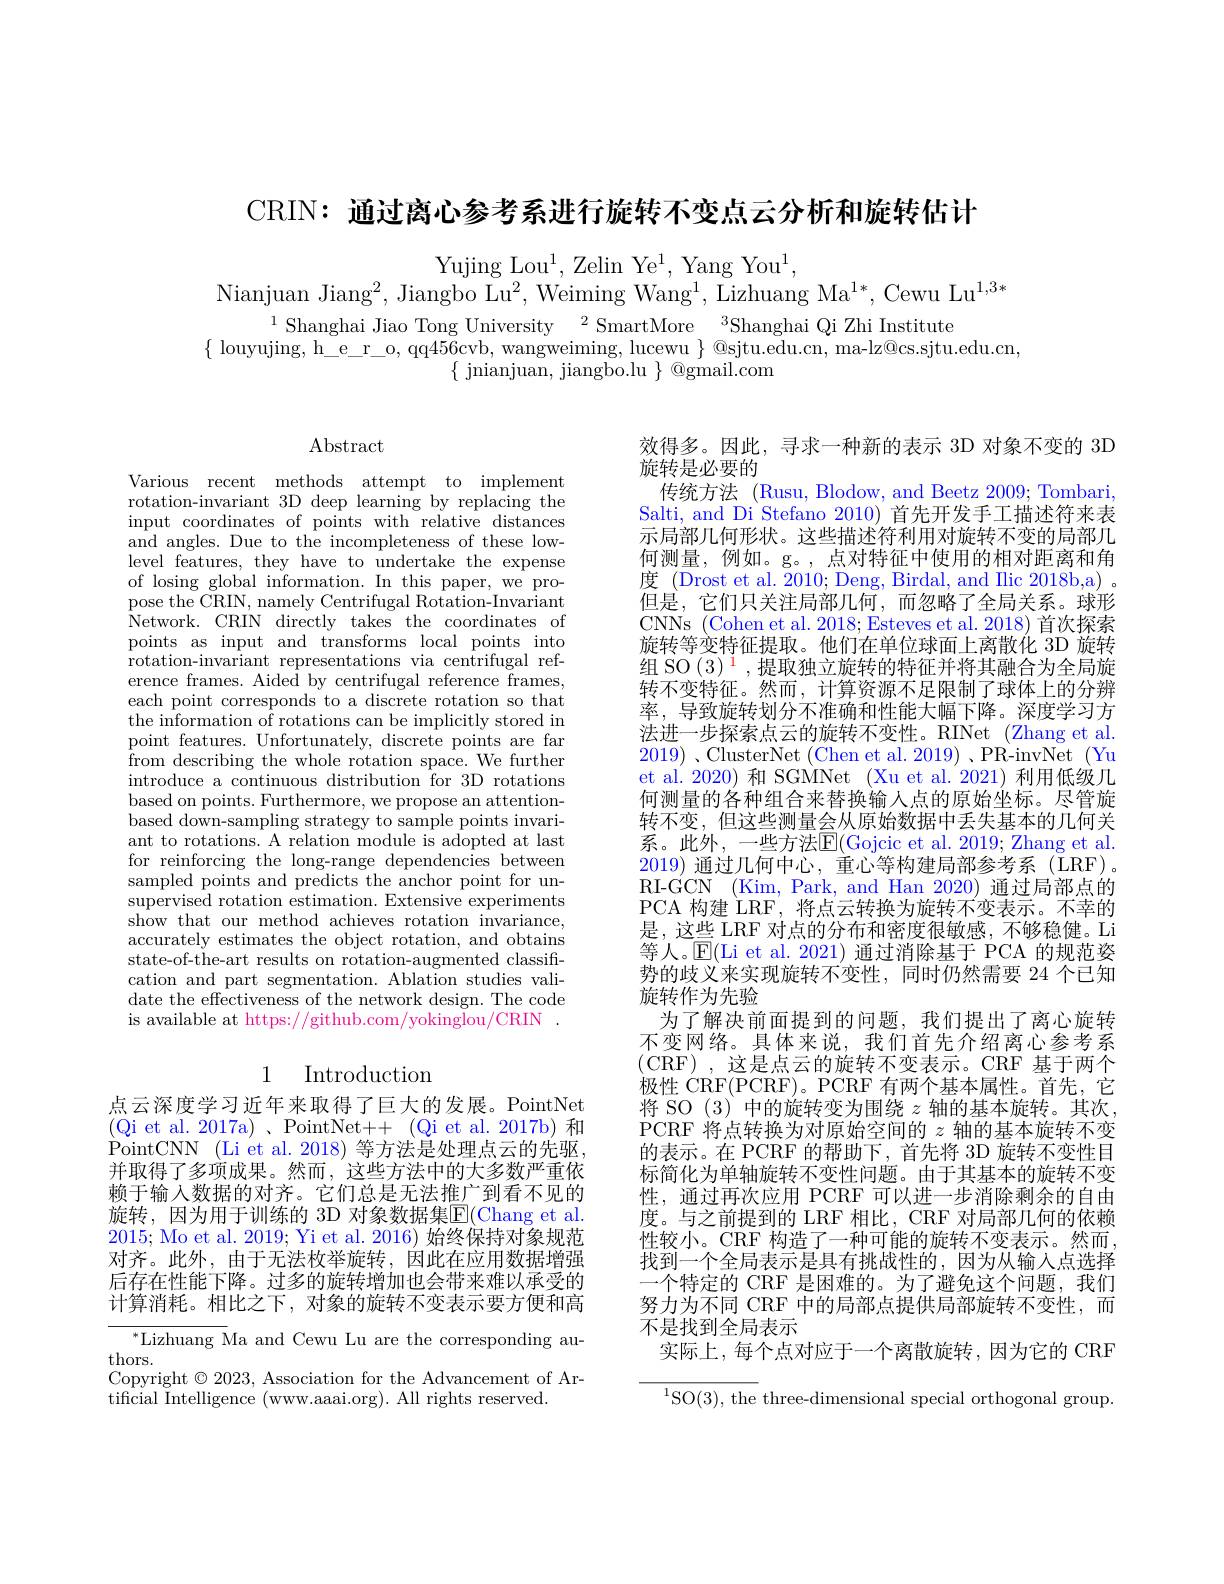
CRIN: 通过离心参考系进行旋转不变点云分析和旋转估计

Yujing Lou$^1$,Zelin Ye$^1$, Yang You$^1$,
Nianjuan Jiang$^2$, Jiangbo Lu$^2$, Weiming Wang$^1$, Lizhuang Ma$^{1*}$, Cewu Lu$^{1,3*}$
$^{1}$Shanghai Jiao Tong University$^2$SmartMore$^3$Shanghai Qi Zhi Institute
$\{$ louyujing, h\_e\_r\_o, qq456cvb, wangweiming, lucewu $\}$ @sjtu.edu.cn, ma-lz@cs.sjtu.edu.cn,
$\{$ jnianjuan, jiangbo.lu $\}$ @gmail.com

$\operatorname{Abstract}$

Various recent methods attempt to implement rotation-invariant 3D deep learning by replacing the input coordinates of points with relative distances and angles. Due to the incompleteness of these lowlevel features, they have to undertake the expense of losing global information. In this paper, we propose the CRIN, namely Centrifugal Rotation-Invariant Network. CRIN directly takes the coordinates of points as input and transforms local points into $\hat{\text{rotation-invariant representations via centrifugal ref-}}$ erence frames. Aided by centrifugal reference frames, each point corresponds to a discrete rotation so that the information of rotations can be implicitly stored in point features. Unfortunately, discrete points are far from describing the whole rotation space. We further introduce a continuous distribution for 3D rotations based on points. Furthermore, we propose an attentionbased down-sampling strategy to sample points invariant to rotations. A relation module is adopted at last for reinforcing the long-range dependencies between sampled points and predicts the anchor point for unsupervised rotation estimation. Extensive experiments show that our method achieves rotation invariance, accurately estimates the object rotation, and obtains state-of-the-art results on rotation-augmented classification and part segmentation. Ablation studies validate the effectiveness of the network design. The code is available at https://github.com/yokinglou/CRIN

# 1 Introduction

点云深度学习近年来取得了巨大的发展。PointNet (Qi et al. 2017a)、PointNet++(Qi et al. 2017b)和PointCNN (Li et al. 2018) 等方法是处理点云的先驱并取得了多项成果。然而，这些方法中的大多数严重依赖于输入数据的对齐。它们总是无法推广到看不见的旋转，因为用于训练的 3D 对象数据集$\overline{\mathrm{E}}($Chang et al. 2015; Mo et al. 2019; Yi et al. 2016) 始终保持对象规范对齐。此外，由于无法枚举旋转，因此在应用数据增强后存在性能下降。过多的旋转增加也会带来难以承受的计算消耗。相比之下，对象的旋转不变表示要方便和高
${^{*}\text{Lizhuang Ma and Cewu Lu are the corresponding au-}}$
thors.
Copyright $\odot2023$, Association for the Advancement of Ar-
tificial Intelligence (www.aaai.org). All rights reserved.

效得多。因此，寻求一种新的表示 3D 对象不变的 3D
旋转是必要的
传统方法 (Rusu, Blodow, and Beetz 2009; Tombari, Salti, and Di Stefano 2010)首先开发手工描述符来表示局部几何形状。这些描述符利用对旋转不变的局部几何测量，例如。g。,点对特征中使用的相对距离和角度 (Drost et al. 2010; Deng, Birdal, and IIic 2018b,a) 。但是，它们只关注局部几何，而忽略了全局关系。球形CNNs (Cohen et al. 2018; Esteves et al. 2018) 首次探索旋转等变特征提取。他们在单位球面上离散化 3D 旋转组 SO $(3)^{\color{red}{1}}$,提取独立旋转的特征并将其融合为全局旋转不变特征。然而，计算资源不足限制了球体上的分辨率，导致旋转划分不准确和性能大幅下降。深度学习方法进一步探索点云的旋转不变性。RINet (Zhang et al. 2019) 、ClusterNet (Chen et al. 2019) 、PR-invNet (Yu et al'2020)和 SGMNet (Xu et al.$^\prime2021)$利用低级几何测量的各种组合来替换输入点的原始坐标。尽管旋转不变，但这些测量会从原始数据中丢失基本的几何关系。此外，一些方法E(Gojcic et al. 2019; Zhang et al. 2019)通过几何中心，重心等构建局部参考系 (LRF)。RI-GCN (Kim, Park, and Han 2020) 通过局部点的PCA 构建 LRF, 将点云转换为旋转不变表示。不幸的是，这些 LRF 对点的分布和密度很敏感，不够稳健。Li 等人。$\overline{\mathrm{E}}($Li et al. 2021) 通过消除基于 PCA 的规范姿势的歧义来实现旋转不变性，同时仍然需要 24 个已知旋转作为先验
为了解决前面提到的问题，我们提出了离心旋转不变网络。具体来说，我们首先介绍离心参考系(CRF),这是点云的旋转不变表示。CRF 基于两个极性 CRF(PCRF)。PCRF 有两个基本属性。首先，它将 SO (3) 中的旋转变为围绕$z$轴的基本旋转。其次， PCRF 将点转换为对原始空间的$z$轴的基本旋转不变的表示。在 PCRF 的帮助下，首先将 3D 旋转不变性目标简化为单轴旋转不变性问题。由于其基本的旋转不变性，通过再次应用 PCRF 可以进一步消除剩余的自由度。与之前提到的 LRF 相比，CRF 对局部几何的依赖性较小。CRF 构造了一种可能的旋转不变表示。然而找到一个全局表示是具有挑战性的，因为从输入点选择一个特定的 CRF 是困难的。为了避免这个问题，我们努力为不同 CRF 中的局部点提供局部旋转不变性，而不是找到全局表示
实际上，每个点对应于一个离散旋转，因为它的 CRF ${^{1}\mathrm{SO}(3),\mathrm{~the~three-dimensional~special~orthogonal~group.}}$